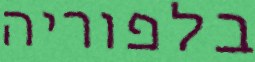
בלפוריה